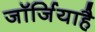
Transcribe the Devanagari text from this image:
जॉर्जियाहै